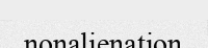
nonalienation